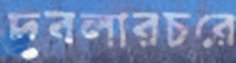
দুবলারচরে